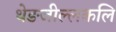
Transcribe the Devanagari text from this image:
थेङजील्लकलि